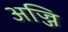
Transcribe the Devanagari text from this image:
अज्जि